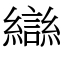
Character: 龻